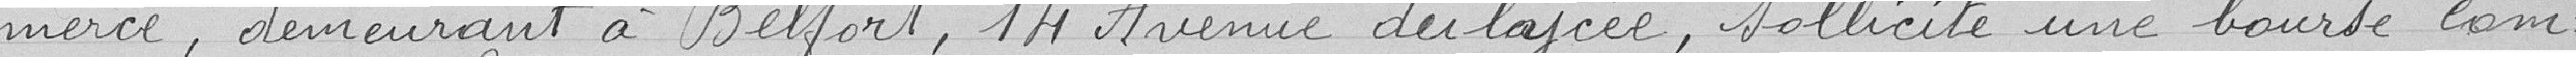
merce , demeurant à Belfort, 14 Avenue du lycée, sollicite une bourse com=